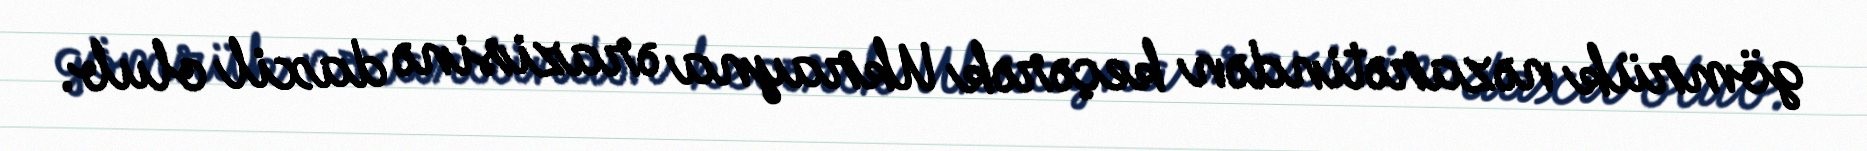
gömrük nəzarətindən keçərək Ukrayna ərazisinə daxil olub.